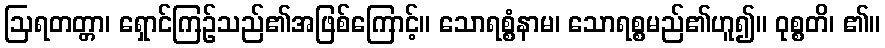
ဩရတတ္တာ၊ ရှောင်ကြဉ်သည်၏အဖြစ်ကြောင့်။ သောရစ္စံနာမ၊ သောရစ္စမည်၏ဟူ၍။ ဝုစ္စတိ၊ ၏။